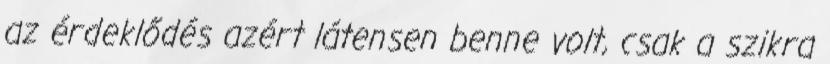
az érdeklődés azért látensen benne volt, csak a szikra